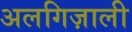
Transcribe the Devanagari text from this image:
अलगिज़ाली